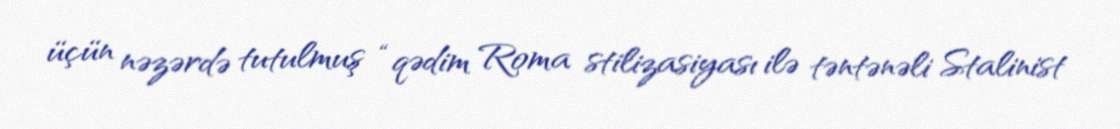
üçün nəzərdə tutulmuş “qədim Roma stilizasiyası ilə təntənəli Stalinist